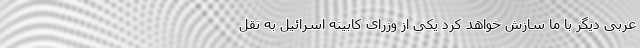
عربی دیگر با ما سازش خواهد کرد یکی از وزرای کابینه اسرائیل به نقل